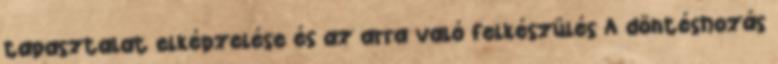
tapasztalat elképzelése és az arra való felkészülés A döntéshozás